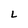
Character: L